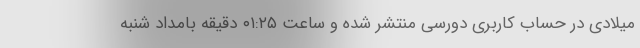
میلادی در حساب کاربری دورسی منتشر شده و ساعت ۰۱:۲۵ دقیقه بامداد شنبه